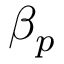
\beta _ { p }